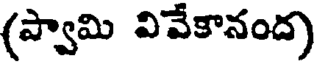
(ప్వామి వివేకానంద)